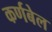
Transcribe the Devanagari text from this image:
कर्णबेल